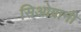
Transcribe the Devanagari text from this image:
सिओग्रानी